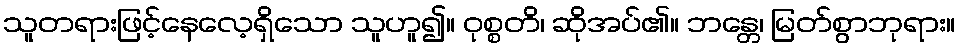
သူတရားဖြင့်နေလေ့ရှိသော သူဟူ၍။ ဝုစ္စတိ၊ ဆိုအပ်၏။ ဘန္တေ၊ မြတ်စွာဘုရား။